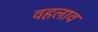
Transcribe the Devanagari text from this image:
वहलाव